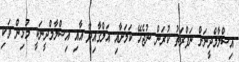
އިސްލާމްދީނަށް ނަފްރަތު ކުރަން ނުޖެހޭ ކަމަށާއި އަލްގާއިދާ އާއި އިސްލާމްދީނަކީ މުޅިން ވަކި